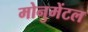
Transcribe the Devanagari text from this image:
मोनुमेंटल